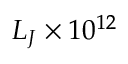
L _ { J } \times 1 0 ^ { 1 2 }